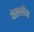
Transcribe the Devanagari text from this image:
थेसालीचा